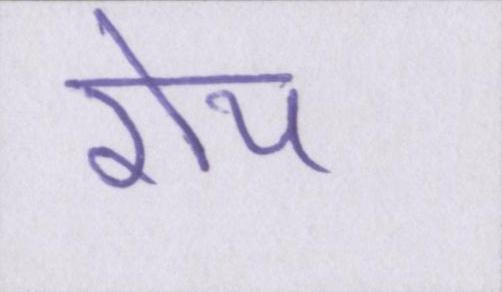
रोय